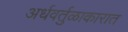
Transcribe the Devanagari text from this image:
अर्धवर्तुळाकारात